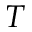
{ \cal T }